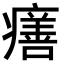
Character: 𤺪